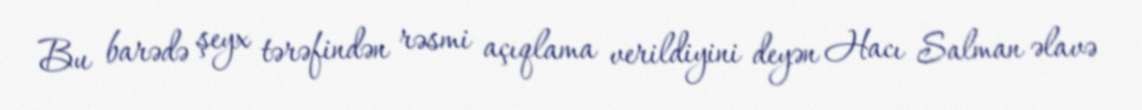
Bu barədə şeyx tərəfindən rəsmi açıqlama verildiyini deyən Hacı Salman əlavə